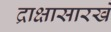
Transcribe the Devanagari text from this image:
द्राक्षासारखे